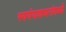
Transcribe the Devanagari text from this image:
स्वयंपाकघरांमध्ये